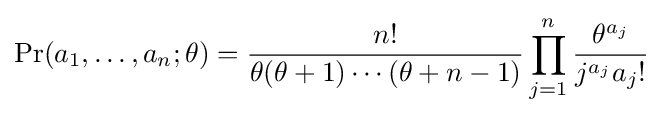
\operatorname {Pr} (a_{1},\dots ,a_{n};\theta )={n! \over \theta (\theta +1)\cdots (\theta +n-1)}\prod _{j=1}^{n}{\theta ^{a_{j}} \over j^{a_{j}}a_{j}!}